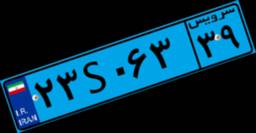
۲۳S۰۶۳۳۹